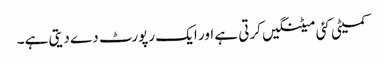
کمیٹی کئی میٹنگیں کرتی ہے اور ایک رپورٹ دے دیتی ہے۔